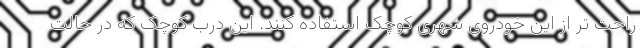
راحت تر از این خودروی شهری کوچک استفاده کنند. این درب کوچک که در حالت